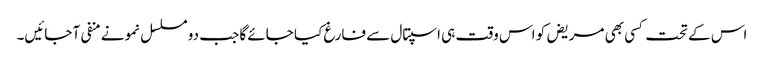
اس کے تحت کسی بھی مریض کو اس وقت ہی اسپتال سے فارغ کیا جائے گا جب دو مسلسل نمونے منفی آ جائیں۔